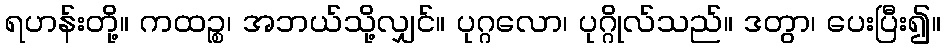
ရဟန်းတို့။ ကထဉ္စ၊ အဘယ်သို့လျှင်။ ပုဂ္ဂလော၊ ပုဂ္ဂိုလ်သည်။ ဒတွာ၊ ပေးပြီး၍။